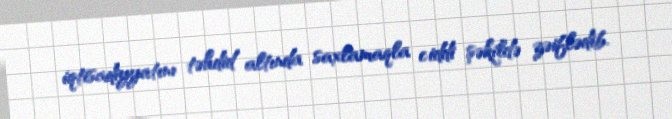
iqtisadiyyatını təhdid altında saxlamaqla ciddi şəkildə zəiflədib.